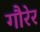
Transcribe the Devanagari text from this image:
गौरेर